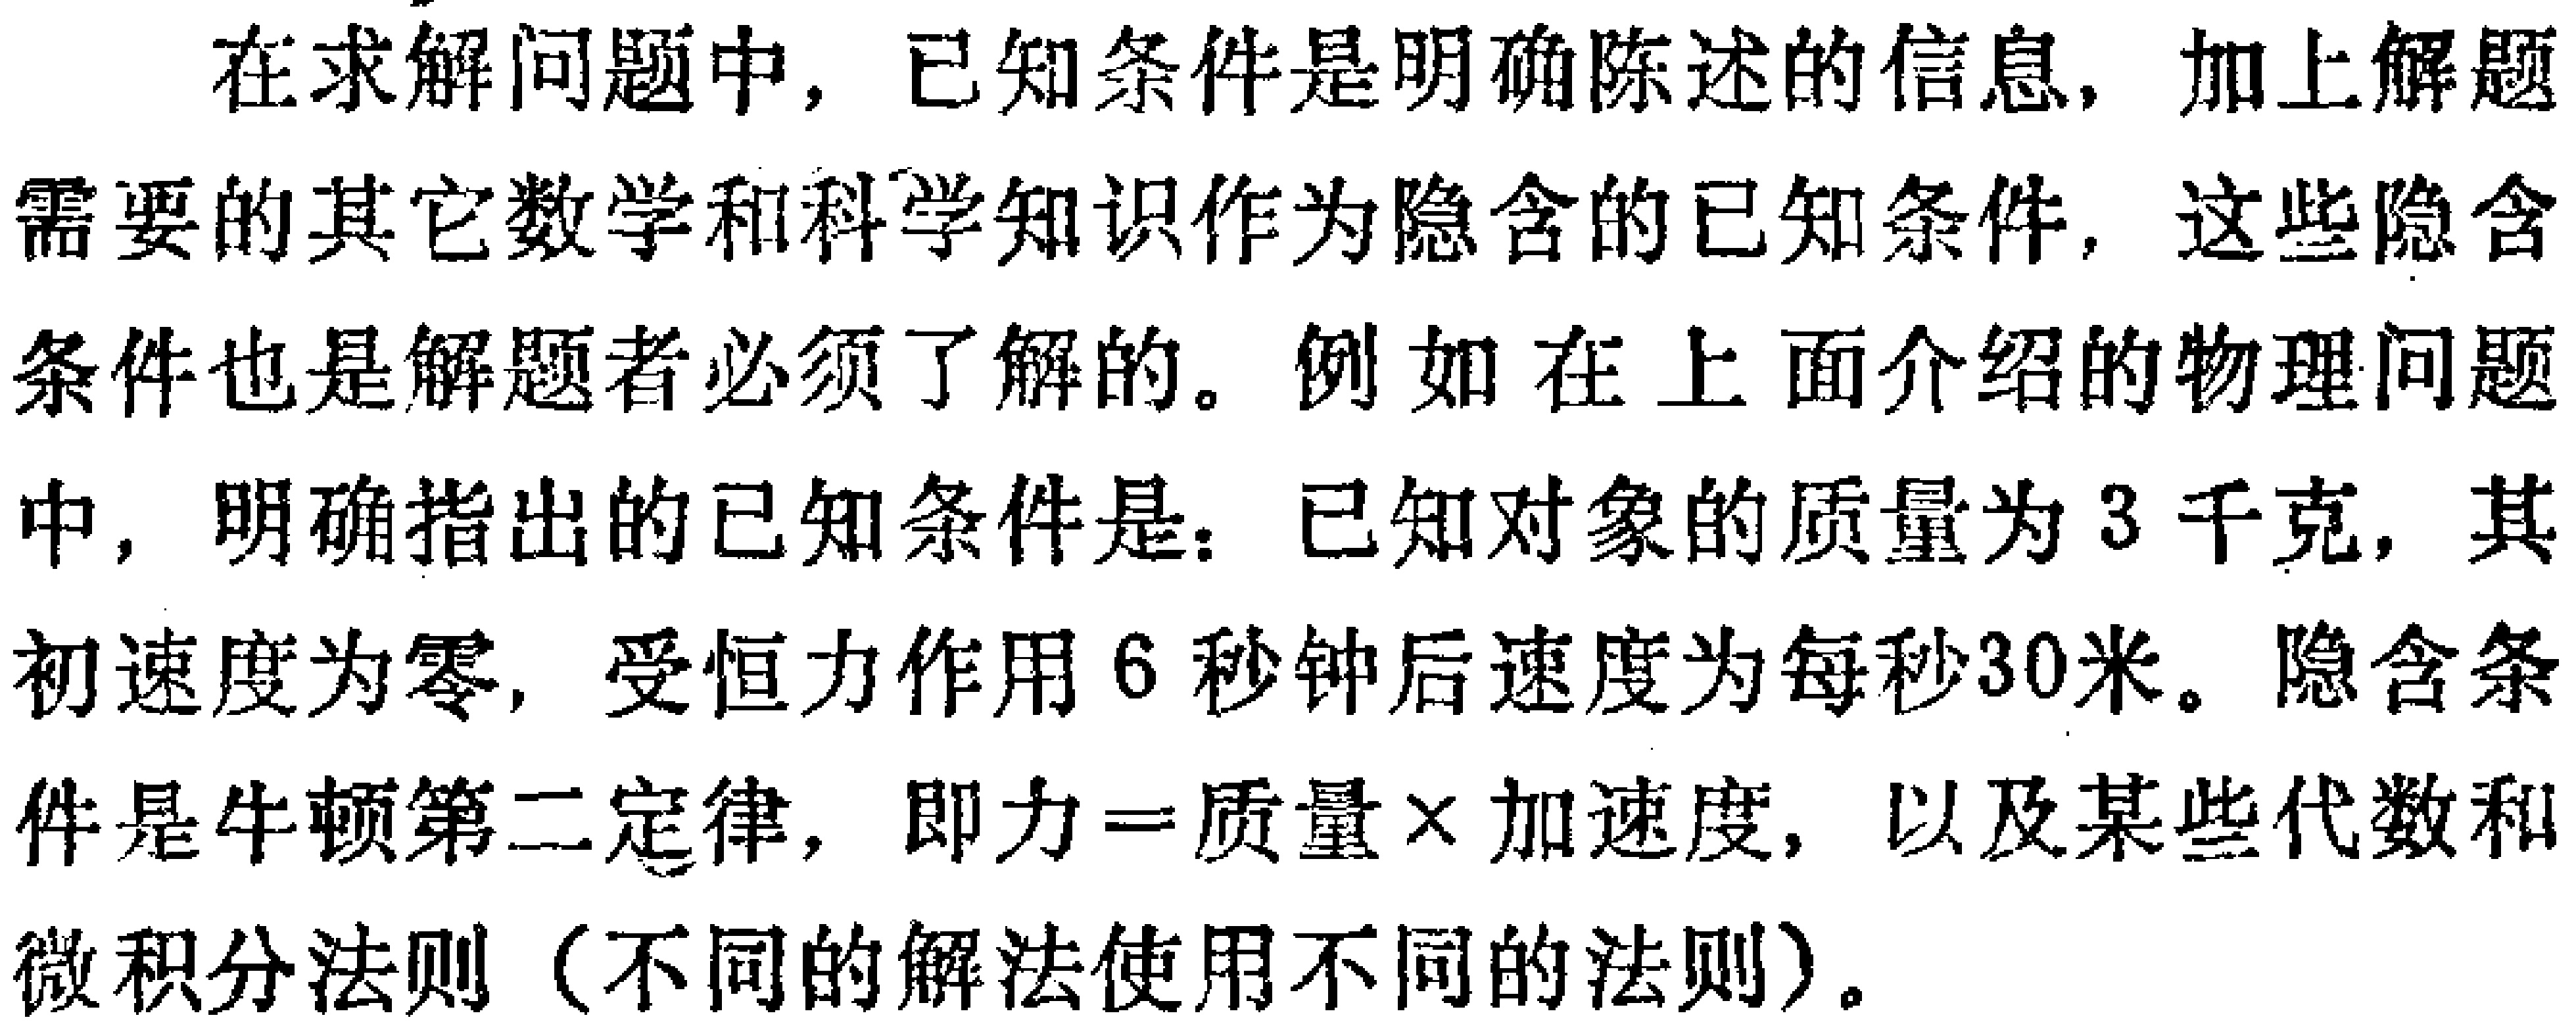
在求解问题中，已知条件是明确陈述的信息，加上解题需要的其它数学和科学知识作为隐含的已知条件，这些隐含条件也是解题者必须了解的。例如在上面介绍的物理问题中，明确指出的已知条件是：已知对象的质量为3千克，其初速度为零，受恒力作用6秒钟后速度为每秒30米。隐含条件是牛顿第二定律，即力\(=\)质量\(\times\)加速度，以及某些代数和微积分法则（不同的解法使用不同的法则）。